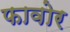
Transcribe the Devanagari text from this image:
फावोर